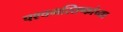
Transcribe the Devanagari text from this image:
पश्चमस्तिष्कांच्या